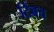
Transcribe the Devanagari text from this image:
टिंबच